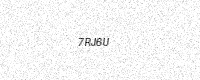
Text: 7RJ6U